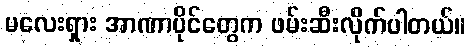
မလေးရှား အာဏာပိုင်တွေက ဖမ်းဆီးလိုက်ပါတယ်။